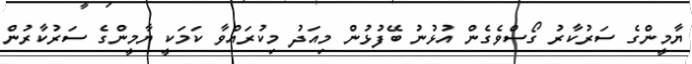
ޔާމީންގެ ސަރުކާރު ގޯސްވެގެން އުޅުނު ބޭފުޅުން މިއަދު މިކުރައްވާ ކަމަކީ ޔާމީންގެ ސަރުކާރުން